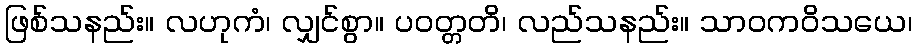
ဖြစ်သနည်း။ လဟုကံ၊ လျှင်စွာ။ ပဝတ္တတိ၊ လည်သနည်း။ သာဝကဝိသယေ၊